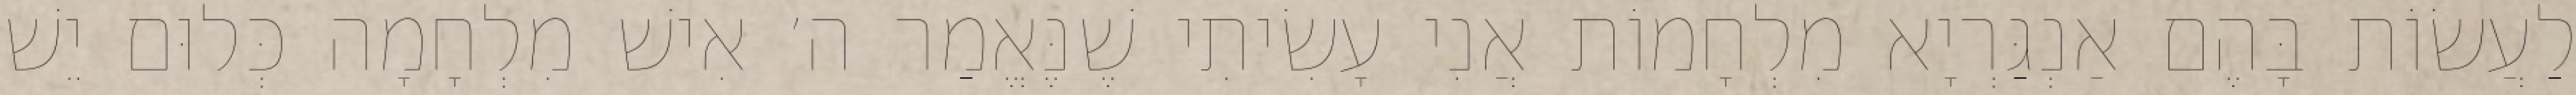
לַעֲשׂוֹת בָּהֶם אַנְגַּרְיָא מִלְחָמוֹת אֲנִי עָשִׂיתִי שֶׁנֶּאֱמַר ה׳ אִישׁ מִלְחָמָה כְּלוּם יֵשׁ